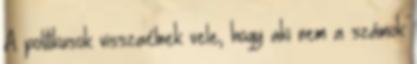
A politikusok visszaélnek vele, hogy aki nem a számok